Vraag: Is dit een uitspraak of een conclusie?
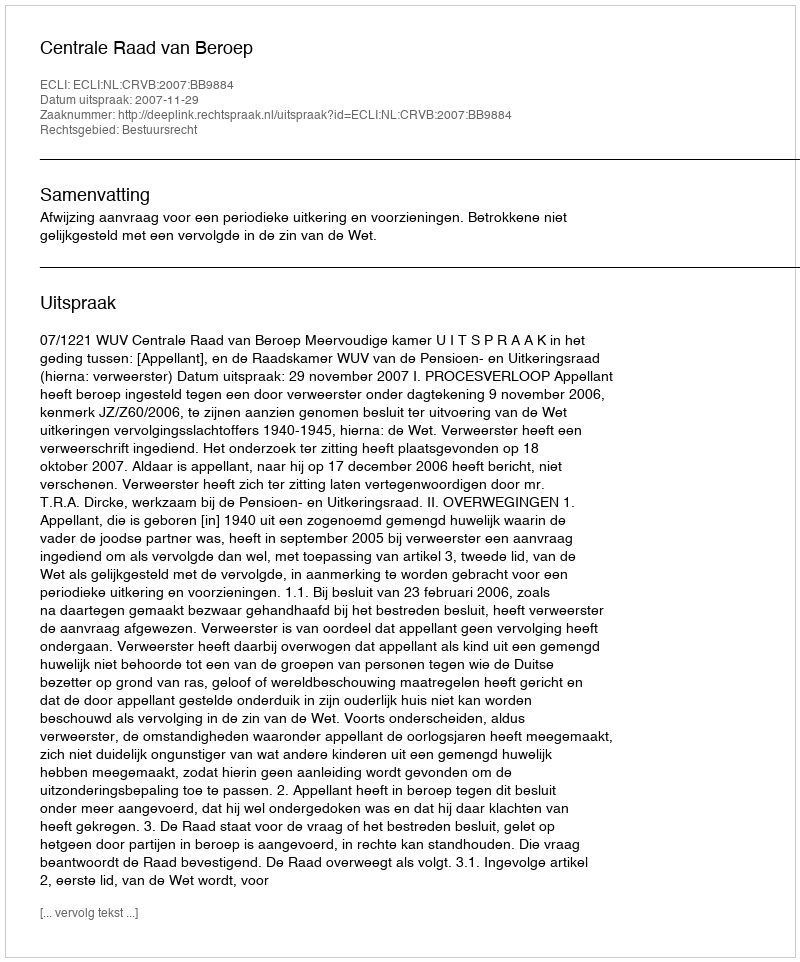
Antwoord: Uitspraak